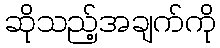
ဆိုသည့်အချက်ကို